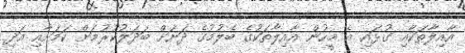
އާއިލާތަކާއި ގުޅައި އެ މީހުން އާއިލާތަކުގެ ބެލުމުގެ ދަށަށް ބަދަލުކުރުމަށް ކަމަށާއި އަދި